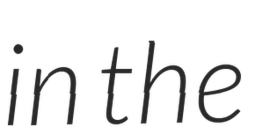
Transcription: in the